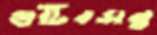
গুটিবসন্ত